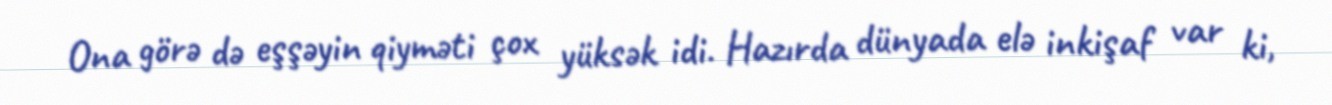
Ona görə də eşşəyin qiyməti çox yüksək idi. Hazırda dünyada elə inkişaf var ki,